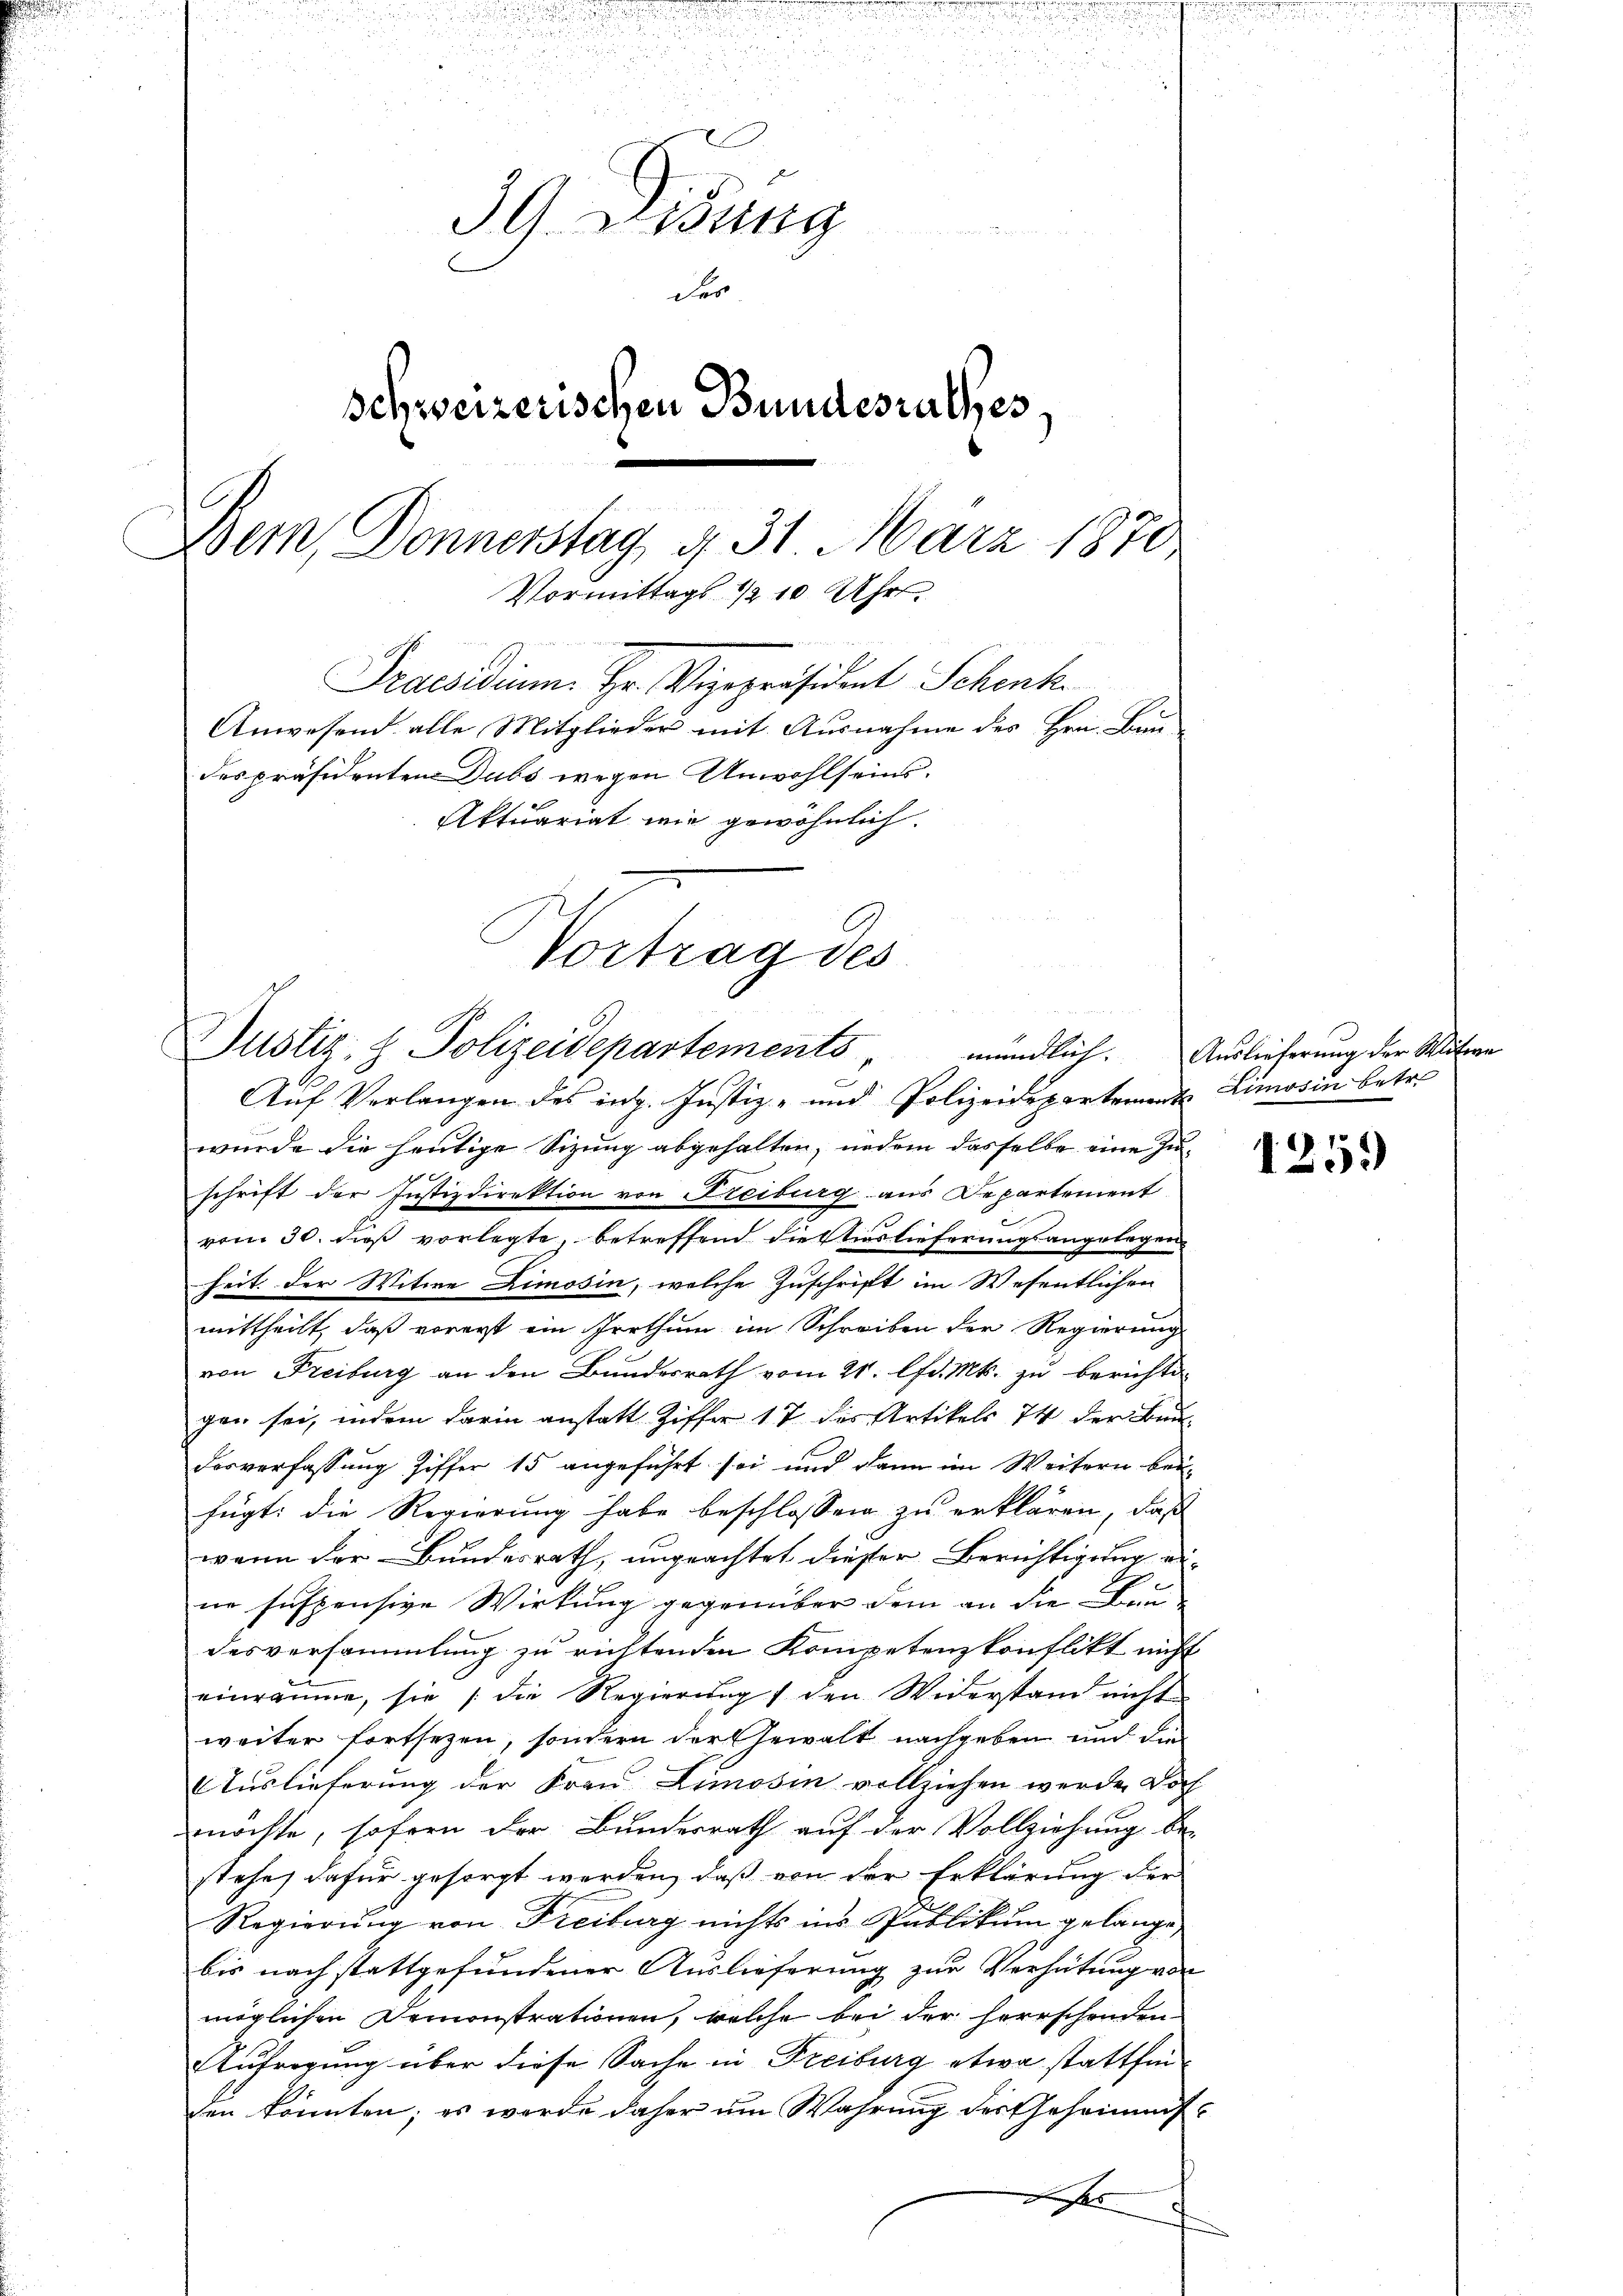
.

d

1
 x

u

39 Didung
Schweizerischen Bundesrathes
Bem, Donnerstag g 31 März 1870,
Vormittags 1/2 10 Uhr
Praesidium. Hr. Vizepräsident Schenk
Anwesend alle Mitglieder mit Ausnahme des Hrn. Bun-
despräsidenten Dubs wegen Anwohlseins
Aktuariat wie gewöhnlich.

der

u

Vortrag des
Justiz- & Polizeidepartements
mündlich. |

Auf Verlangen des intz. Justiz- und Polizeidepartement Limosin betr.
wurde die heutige Sitzung abgehalten, indem dasselbe eine Inschrift der Justizdirektion von Freiburg aus Departement
vom 30. dieß vorlegte, betreffend die stierlieferungsangelegen
heit der Witwe Limosin, welche Zuschrift im Wesentlichen
mittheilt, daß vorerst ein Irrthum im Schreiben der Regierung
von Freiburg an den Bundesrath vom 21. lfd. Mts. zu berichte
gen sei, indem darin anstatt Ziffer 17 des Artikels 74 der Bundesverfassung Ziffer 15 angeführt sei und dann im Weitern bei
fügt: die Regierung habe beschlossen zu erklären, daß
wenn der Bundesrath, ungeachtet dieser Berichtigung die
ne suspensive Wirkung gegenüber dem an die Be
desversammlung zu richtenden Kompetenzkonflikt nicht
einräume, sie die Regierŭng 1 den Widerstand nicht
weiter fortsezen, sondern der Gewalt nachgeben und die
Auslieferung der Frau Limosin vollziehen werde. Doch
möchte, sofern der Bundesrath auf der Vollziehung be-
stehe, dafür gesorgt werden, daß von der Erklärung der
Regierung von Freiburg nichts ins Publikum gelange
bis nach stattgefundener Auslieferung zur Verhütung von
möglichen Demonstrationen, welche bei der herrschenden
Aufregung über diese Sache in Freiburg etwa stattfinden könnten; es werde daher um Wahrung des Geheimnish

Auslieferung der Mitere

1259